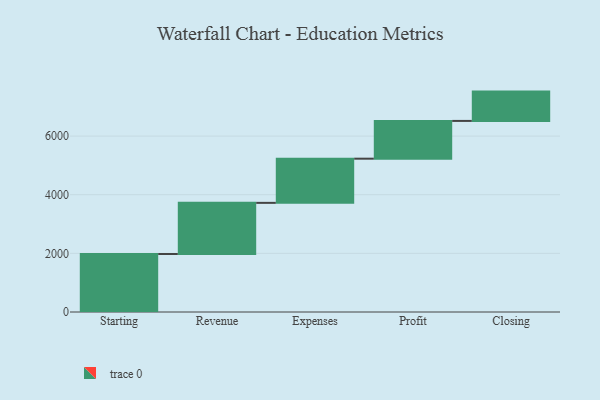
{"axis": {"x": "Step", "y": "Value"}, "legend": [""], "data": [{"x": "Starting", "y": 1978.0, "type": ""}, {"x": "Revenue", "y": 1745.0, "type": ""}, {"x": "Expenses", "y": 1507.0, "type": ""}, {"x": "Profit", "y": 1288.0, "type": ""}, {"x": "Closing", "y": 1000, "type": ""}]}